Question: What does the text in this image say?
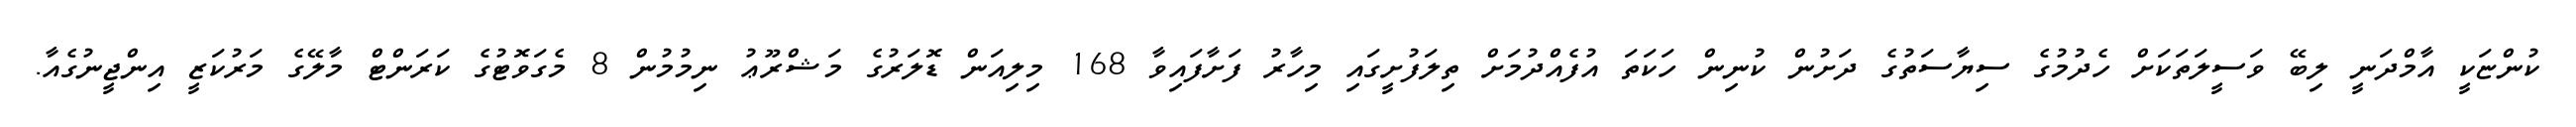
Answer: ކުންޏަކީ އާމްދަނީ ލިބޭ ވަސީލަތަކަށް ހެދުމުގެ ސިޔާސަތުގެ ދަށުން ކުނިން ހަކަތަ އުފެއްދުމަށް ތިލަފުށީގައި މިހާރު ފަށާފައިވާ 168 މިލިއަން ޑޮލަރުގެ މަޝްރޫޢު ނިމުމުން 8 މެގަވޮޓުގެ ކަރަންޓް މާލޭގެ މަރުކަޒީ އިންޖީނުގެއާ.